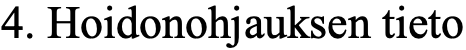
4. Hoidonohjauksen tieto